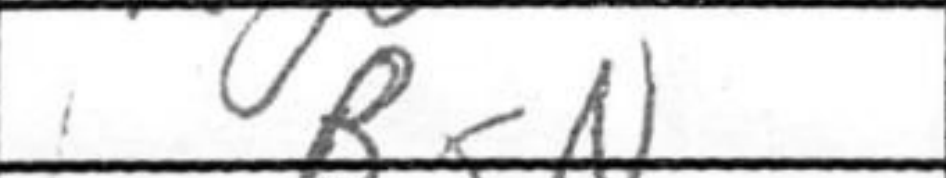
Transcription: BxN